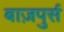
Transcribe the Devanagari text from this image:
बाज़पुर्स